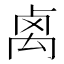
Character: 𥜽